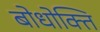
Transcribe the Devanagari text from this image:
बोधोक्ति